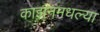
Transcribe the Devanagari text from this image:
काझनमधल्या